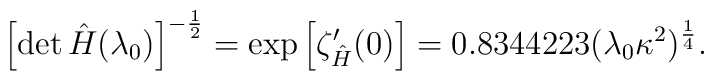
\left[\det \hat{H}(\lambda_0)\right]^{- \frac{1}{2} } = {\rm exp}\left[\zeta^{\prime}_{\hat{H}}(0)\right]= 0.8344223(\lambda_0 \kappa^2)^{\frac{1}{4}}.